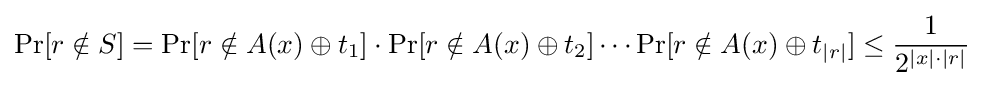
\Pr[r\notin S]=\Pr[r\notin A(x)\oplus t_{1}]\cdot \Pr[r\notin A(x)\oplus t_{2}]\cdots \Pr[r\notin A(x)\oplus t_{|r|}]\leq {\frac {1}{2^{|x|\cdot |r|}}}